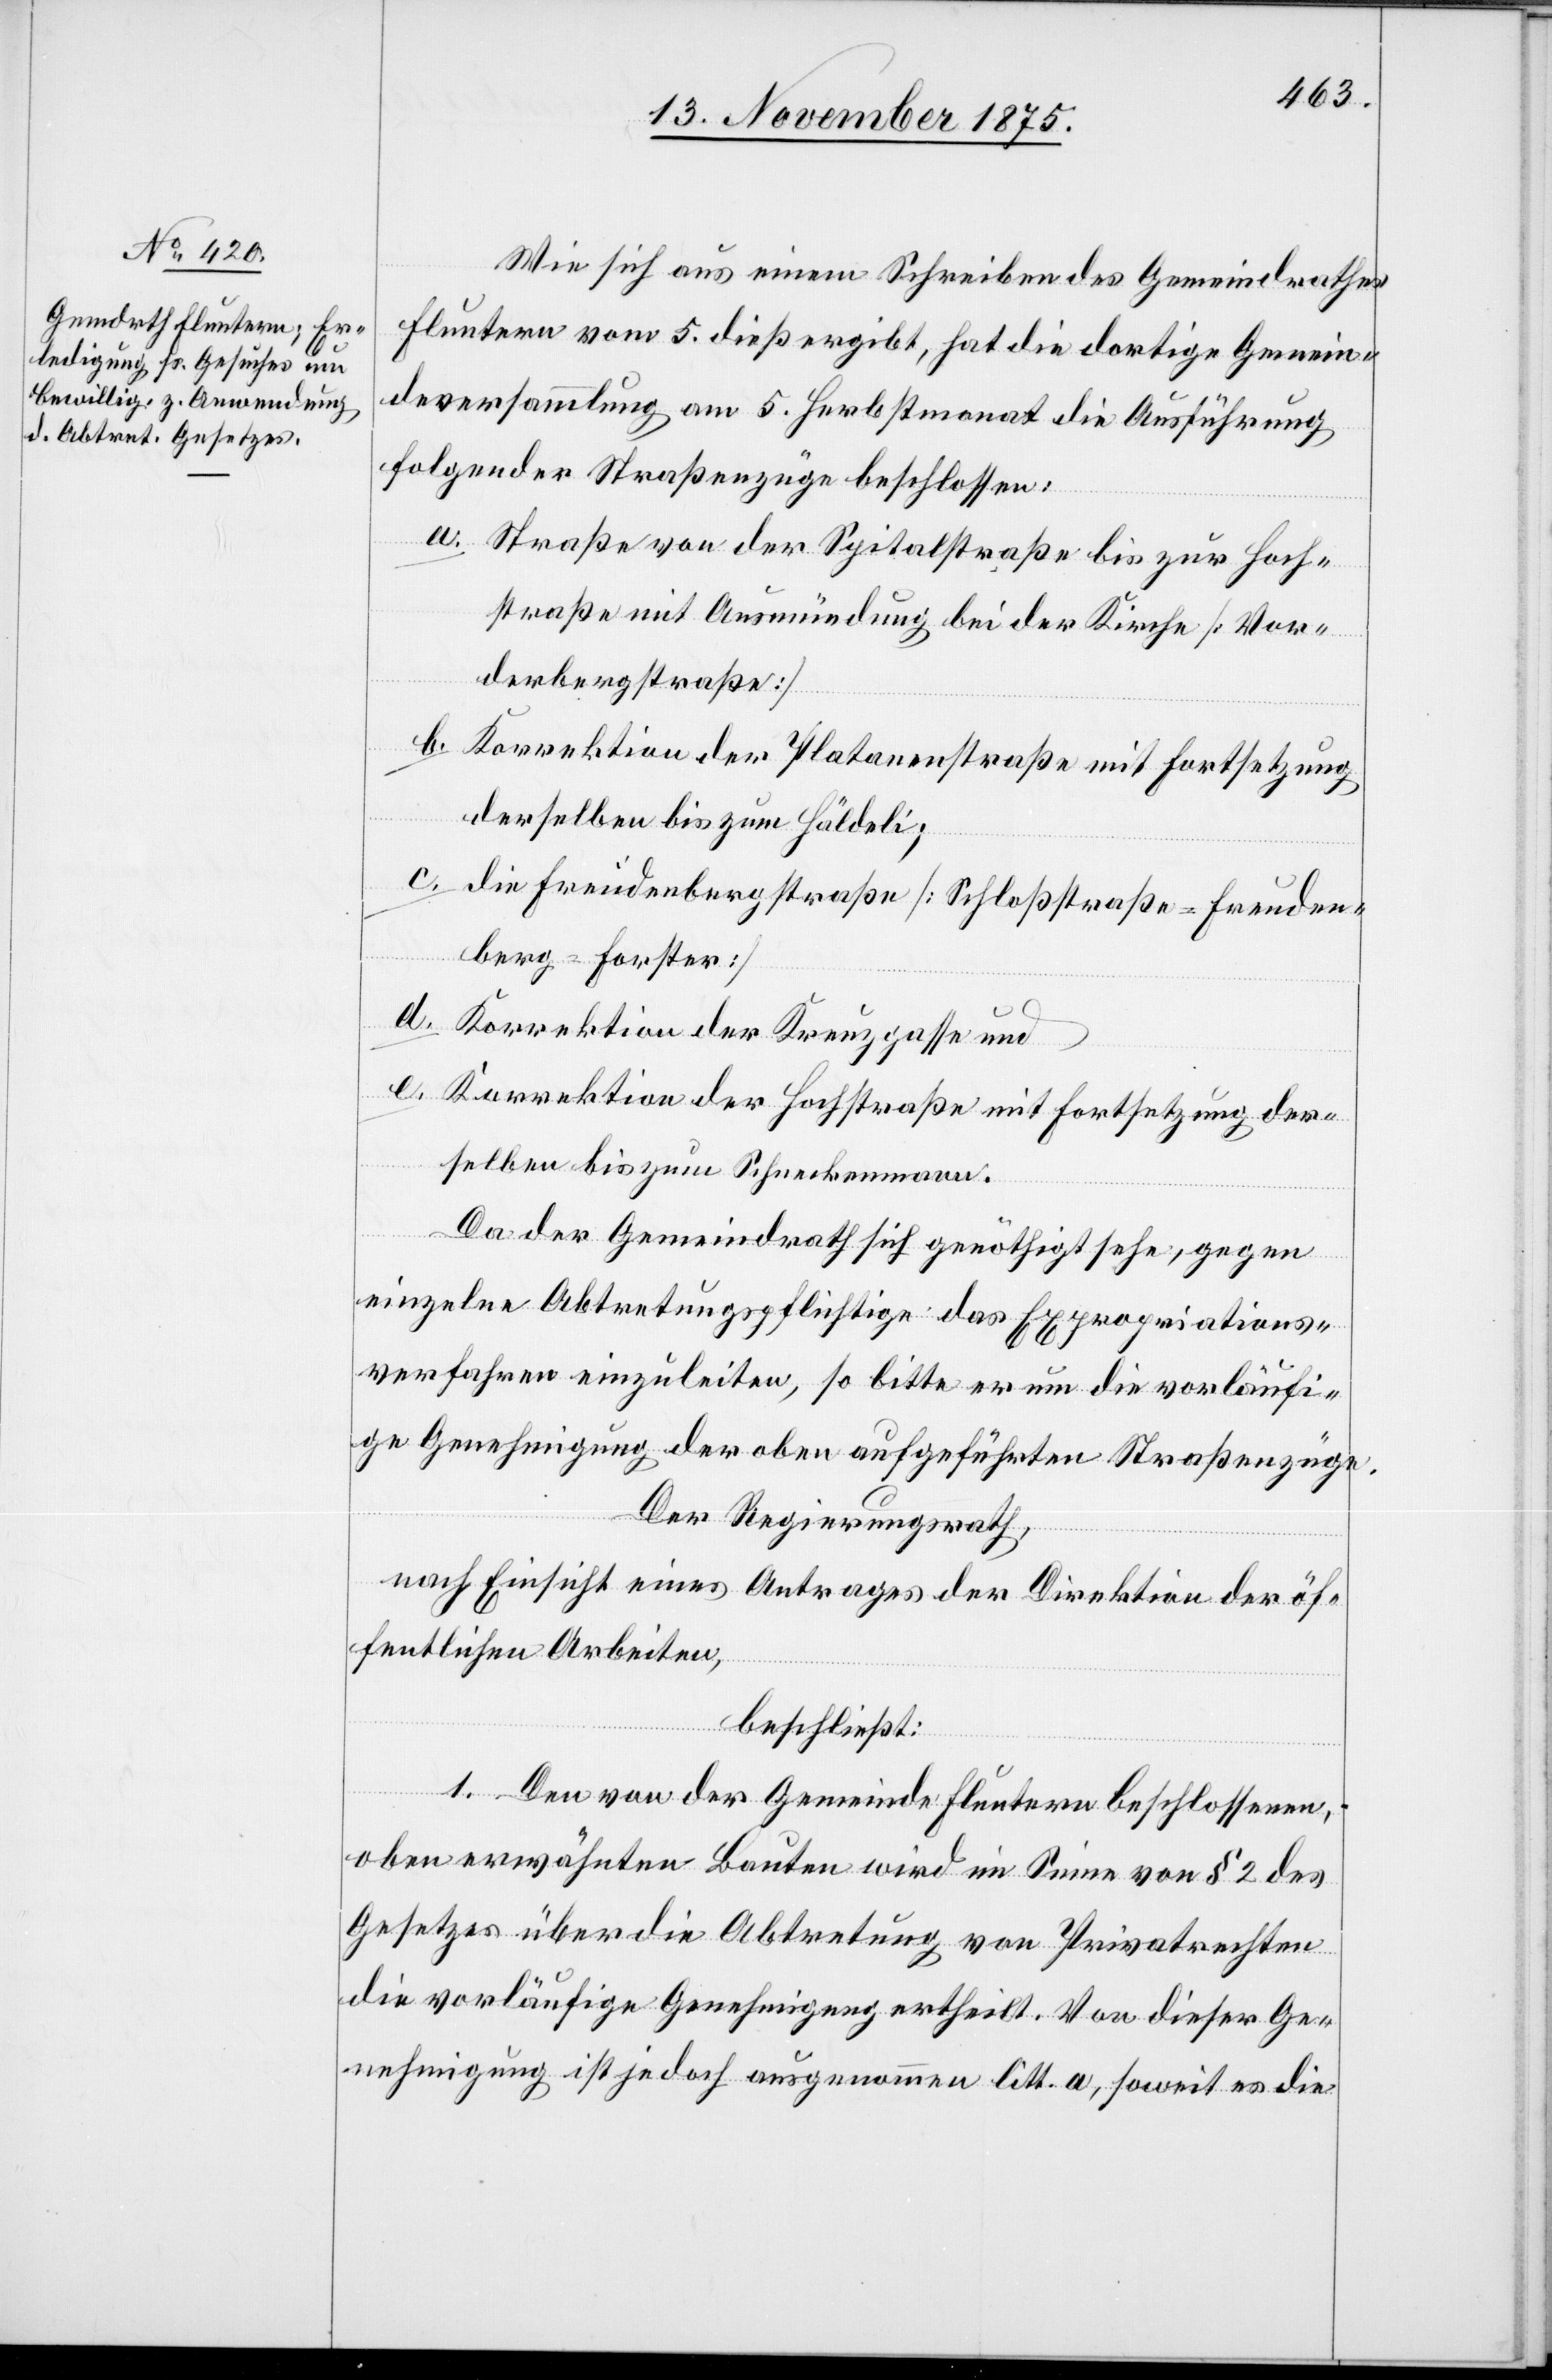
Wie sich aus einem Schreiben des Gemeindrathes
Fluntern vom 5. dieß ergibt, hat die dortige Gemein¬
deversammlung am 5. Herbstmonat die Ausführung
folgender Straßenzüge beschlossen:
a. Straße von der Spitalstraße bis zur Hoch¬
straße mit Ausmündung bei der Kirche [Vor¬
derbergstraße]
b. Korrektion der Platanenstraße mit Fortsetzung
derselben bis zum Häldeli;
c. die Freudenbergstraße [Schloßstraße = Freuden¬
berg–Forster]
Korrektion der Kreuzgasse und
e. Korrektion der Hochstraße mit Fortsetzung der¬
selben bis zum Schneckenmann.
Da der Gemeindrath sich genöthigt sehe, gegen
einzelne Abtretungspflichtige das Expropriations¬
verfahren einzuleiten, so bitte er nun um die vorläufi¬
ge Genehmigung der oben aufgeführten Straßenzüge.
Der Regierungsrath,
nach Einsicht eines Antrages der Direktion der öf¬
fentlichen Arbeiten,
beschließt:
1. Den von der Gemeinde Fluntern beschlossenen,
oben erwähnten Bauten wird im Sinne von § 2 des
Gesetzes über die Abtretung von Privatrechten
die vorläufige Genehmigung ertheilt. Von dieser Ge¬
nehmigung ist jedoch ausgenommen litt. a, soweit es die